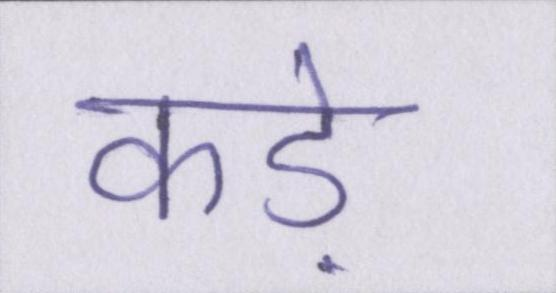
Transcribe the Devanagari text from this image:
कड़े